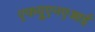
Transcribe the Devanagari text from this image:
एफयूएनएआई